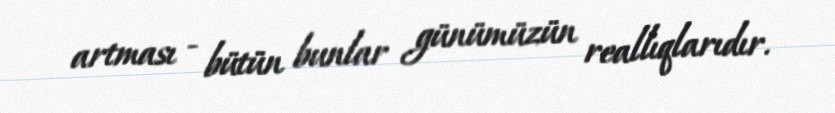
artması - bütün bunlar günümüzün reallıqlarıdır.